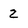
Character: 2